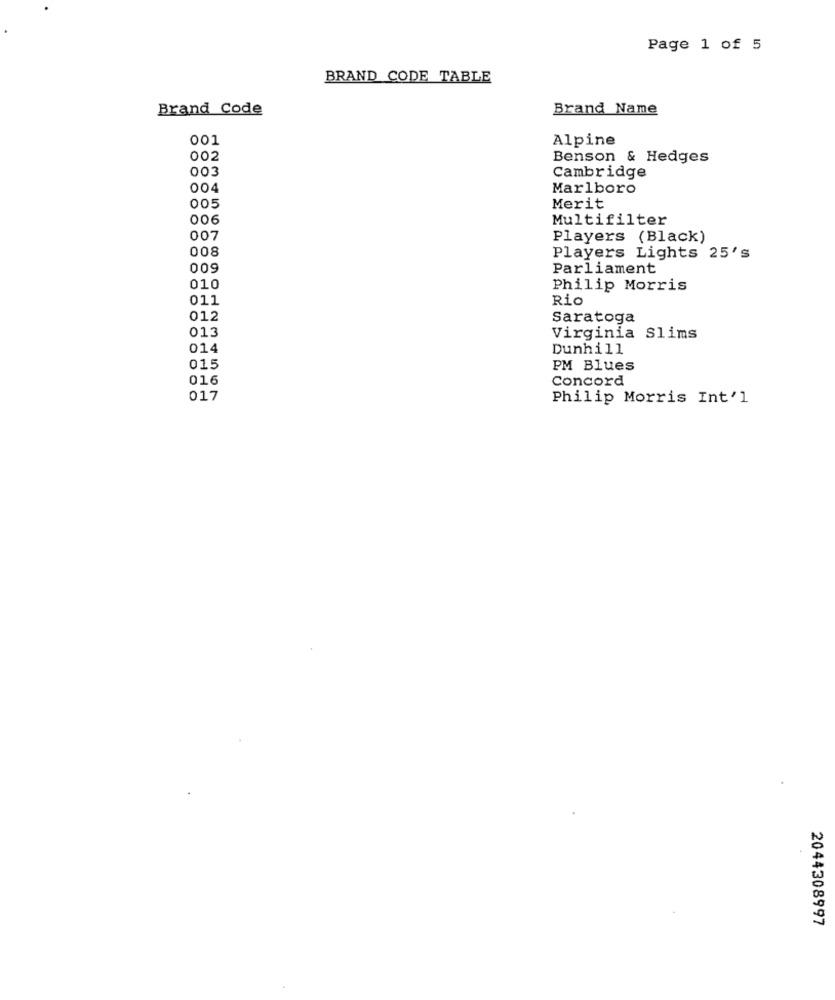
Page 1 of 5
BRAND CODE TABLE
Brand Code
Brand Name
001
Alpine
002
Benson & Hedges
003
Cambridge
004
Marlboro
005
Merit
006
Multifilter
007
Players (Black)
008
Players Lights 25's
009
Parliament
010
Philip Morris
011
Rio
012
Saratoga
013
Virginia Slims
014
Dunhill
015
PM Blues
016
Concord
017
Philip Morris Int'l
2044308997